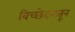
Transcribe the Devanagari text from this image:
विच्छेदनातून